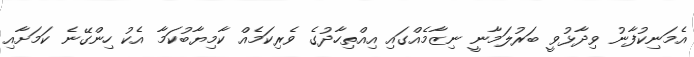
އެމަނިކުފާނު ވިދާޅުވީ ބަރުލަމާނީ ނިޒާމެއްގައި އިއްތިހާދުގެ ވެރިކަމެއް ކާމިޔާބުކަމާ އެކު ހިންގޭނެ ކަމަށާއި